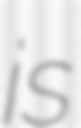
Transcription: is